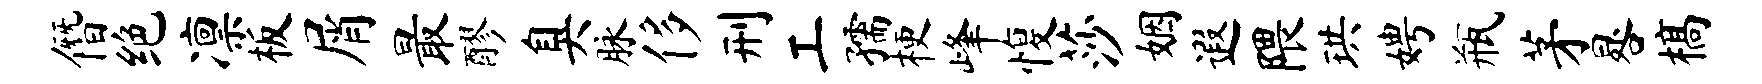
僭绝凛板屑最醪臭脉侈刑工孺梗峰愎莎姻遐隈珙娉瓶茅晷槁